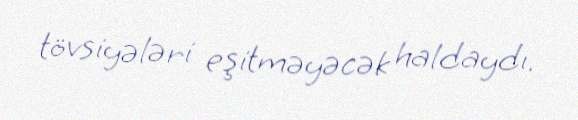
tövsiyələri eşitməyəcək haldaydı.